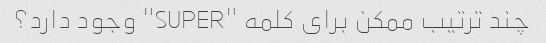
چند ترتیب ممکن برای کلمه "SUPER" وجود دارد؟